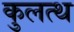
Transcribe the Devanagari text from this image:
कुलत्थ